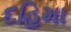
દહિમા